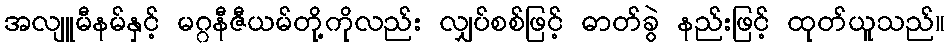
အလျူမီနမ်နှင့် မဂ္ဂနီဇီယမ်တို့ကိုလည်း လျှပ်စစ်ဖြင့် ဓာတ်ခွဲ နည်းဖြင့် ထုတ်ယူသည်။